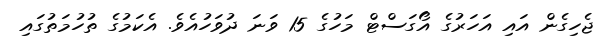
ޖެހިގެން އައި އަހަރުގެ އޯގަސްޓް މަހުގެ 15 ވަނަ ދުވަހުއެވެ. އެކަމުގެ ތުހުމަތުގައި